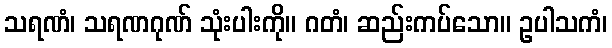
သရဏံ၊ သရဏဂုဏ် သုံးပါးကို။ ဂတံ၊ ဆည်းကပ်သော။ ဥပါသကံ၊